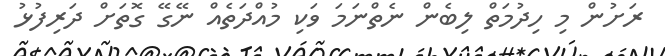
ރަށުން މި ހިދުމަތް ލިބެން ނެތްނަމަ ވަކި މުއްދަތެއް ނޭގޭ ގޮތަށް ދަރިފުޅު